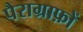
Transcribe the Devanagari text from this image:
पैराग्राफ़ों